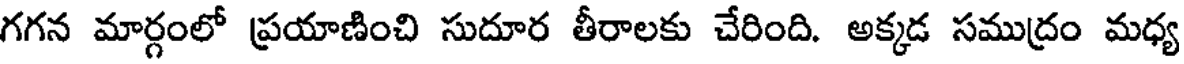
గగన మార్గంలో ప్రయాణించి సుదూర తీరాలకు చేరింది. అక్కడ సముద్రం మధ్య